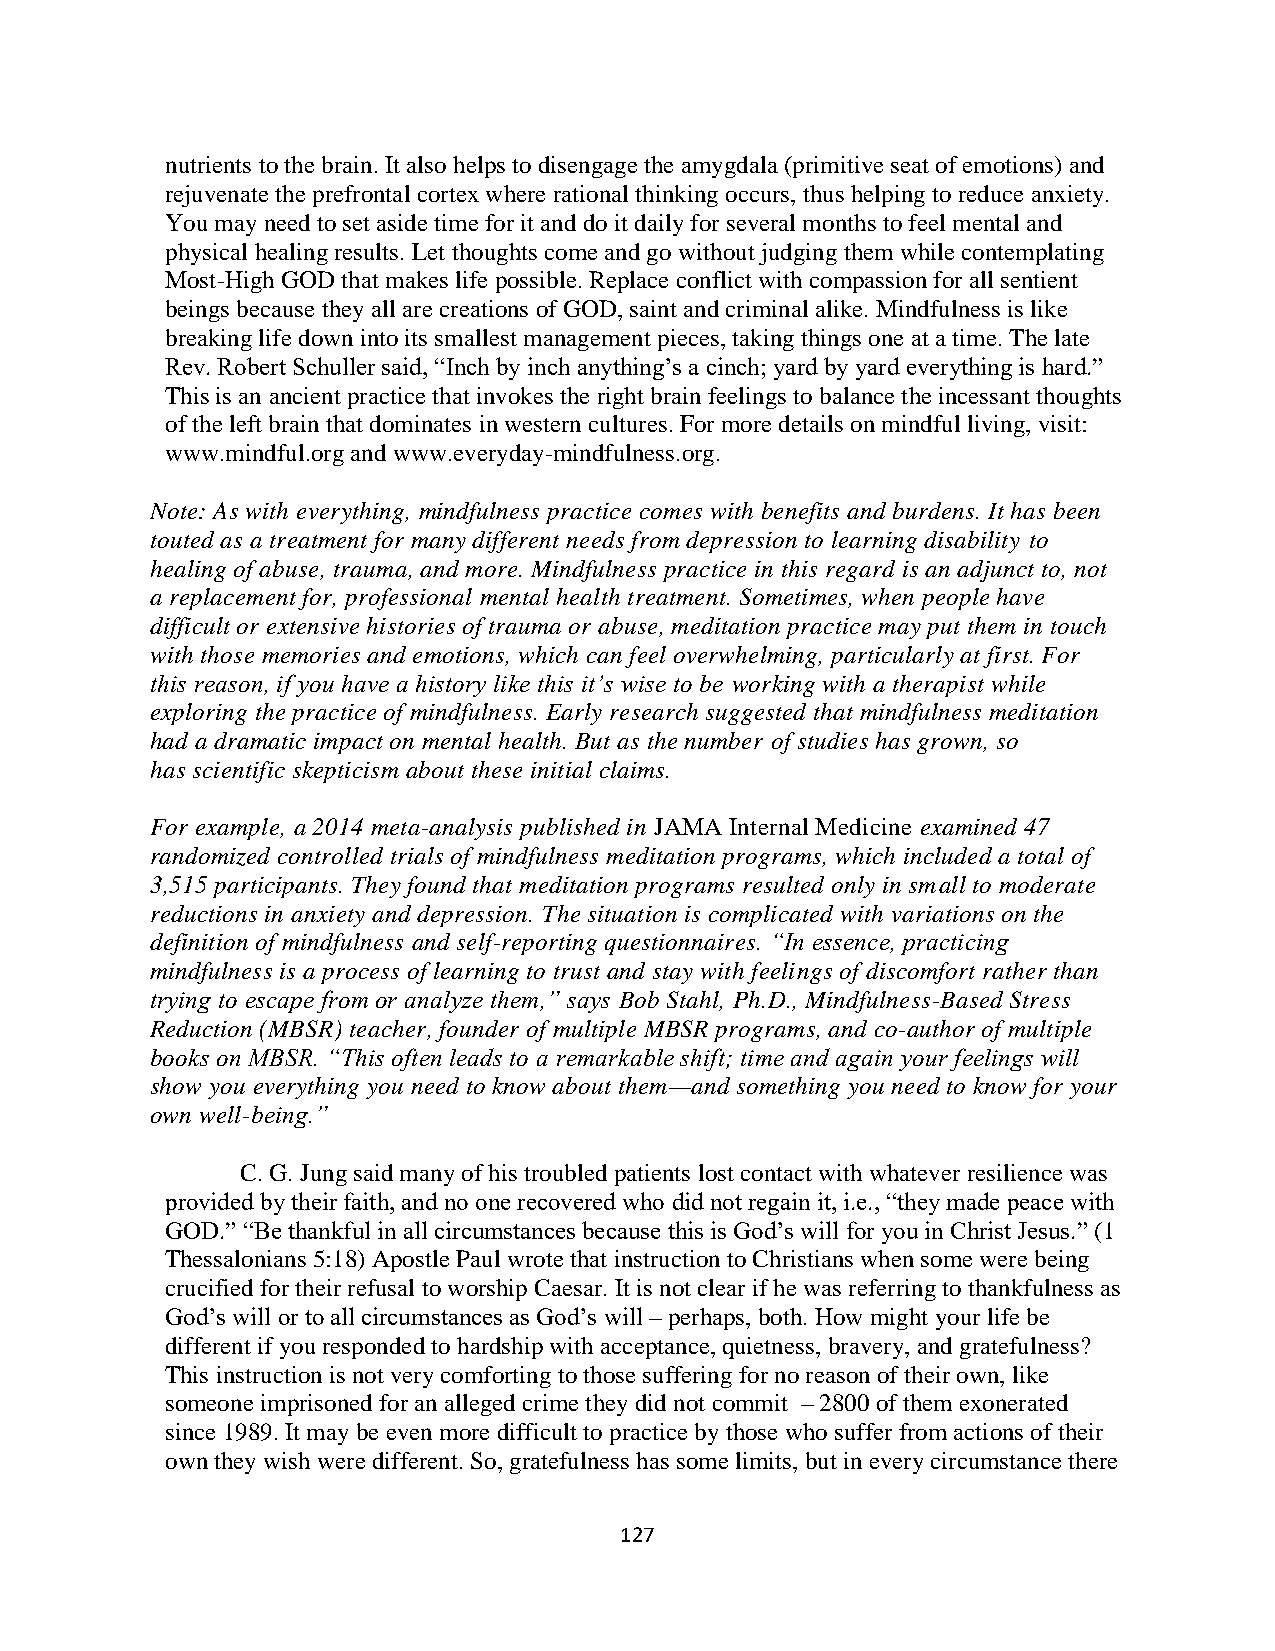
nutrients to the brain. It also helps to disengage the amygdala (primitive seat of emotions) and
 rejuvenate the prefrontal cortex where rational thinking occurs, thus helping to reduce anxiety.
 You may need to set aside time for it and do it daily for several months to feel mental and
 physical healing results. Let thoughts come and go without judging them while contemplating
 Most-High GOD that makes life possible. Replace conflict with compassion for all sentient
 beings because they all are creations of GOD, saint and criminal alike. Mindfulness is like
 breaking life down into its smallest management pieces, taking things one at a time. The late
 Rev. Robert Schuller said, “Inch by inch anything’s a cinch; yard by yard everything is hard.”
 This is an ancient practice that invokes the right brain feelings to balance the incessant thoughts
 of the left brain that dominates in western cultures. For more details on mindful living, visit:
 www.mindful.org and www.everyday-mindfulness.org.
 Note: As with everything, mindfulness practice comes with benefits and burdens. It has been
 touted as a treatment for many different needs from depression to learning disability to
 healing of abuse, trauma, and more. Mindfulness practice in this regard is an adjunct to, not
 a replacement for, professional mental health treatment. Sometimes, when people have
 difficult or extensive histories of trauma or abuse, meditation practice may put them in touch
 with those memories and emotions, which can feel overwhelming, particularly at first. For
 this reason, if you have a history like this it’s wise to be working with a therapist while
 exploring the practice of mindfulness. Early research suggested that mindfulness meditation
 had a dramatic impact on mental health. But as the number of studies has grown, so
 has scientific skepticism about these initial claims.
 For example, a 2014 meta-analysis published in JAMA Internal Medicine examined 47
 randomized controlled trials of mindfulness meditation programs, which included a total of
 3,515 participants. They found that meditation programs resulted only in small to moderate
 reductions in anxiety and depression. The situation is complicated with variations on the
 definition of mindfulness and self-reporting questionnaires. “In essence, practicing
 mindfulness is a process of learning to trust and stay with feelings of discomfort rather than
 trying to escape from or analyze them,” says Bob Stahl, Ph.D., Mindfulness-Based Stress
 Reduction (MBSR) teacher, founder of multiple MBSR programs, and co-author of multiple
 books on MBSR. “This often leads to a remarkable shift; time and again your feelings will
 show you everything you need to know about them—and something you need to know for your
 own well-being.”
 C. G. Jung said many of his troubled patients lost contact with whatever resilience was
 provided by their faith, and no one recovered who did not regain it, i.e., “they made peace with
 GOD.” “Be thankful in all circumstances because this is God’s will for you in Christ Jesus.” (1
 Thessalonians 5:18) Apostle Paul wrote that instruction to Christians when some were being
 crucified for their refusal to worship Caesar. It is not clear if he was referring to thankfulness as
 God’s will or to all circumstances as God’s will – perhaps, both. How might your life be
 different if you responded to hardship with acceptance, quietness, bravery, and gratefulness?
 This instruction is not very comforting to those suffering for no reason of their own, like
 someone imprisoned for an alleged crime they did not commit – 2800 of them exonerated
 since 1989. It may be even more difficult to practice by those who suffer from actions of their
 own they wish were different. So, gratefulness has some limits, but in every circumstance there
 127